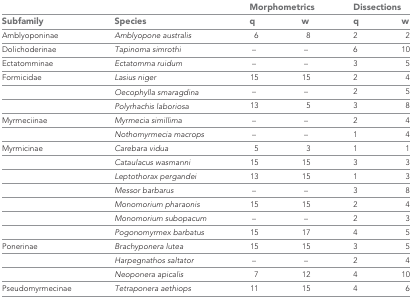
<table><thead><tr><td></td><td></td><td colspan="2"><b>Morphometrics</b></td><td colspan="2"><b>Dissections</b></td></tr><tr><td><b>Subfamily</b></td><td><b>Species</b></td><td><b>q</b></td><td><b>w</b></td><td><b>q</b></td><td><b>w</b></td></tr></thead><tbody><tr><td>Amblyoponinae</td><td><i>Amblyopone australis</i></td><td>6</td><td>8</td><td>2</td><td>2</td></tr><tr><td>Dolichoderinae</td><td><i>Tapinoma simrothi</i></td><td>–</td><td>–</td><td>6</td><td>10</td></tr><tr><td>Ectatomminae</td><td><i>Ectatomma ruidum</i></td><td>–</td><td>–</td><td>3</td><td>5</td></tr><tr><td>Formicidae</td><td><i>Lasius niger</i></td><td>15</td><td>15</td><td>2</td><td>4</td></tr><tr><td></td><td><i>Oecophylla smaragdina</i></td><td>–</td><td>–</td><td>2</td><td>5</td></tr><tr><td></td><td><i>Polyrhachis laboriosa</i></td><td>13</td><td>5</td><td>3</td><td>8</td></tr><tr><td>Myrmeciinae</td><td><i>Myrmecia simillima</i></td><td>–</td><td>–</td><td>2</td><td>4</td></tr><tr><td></td><td><i>Nothomyrmecia macrops</i></td><td>–</td><td>–</td><td>1</td><td>4</td></tr><tr><td>Myrmicinae</td><td><i>Carebara vidua</i></td><td>5</td><td>3</td><td>1</td><td>1</td></tr><tr><td></td><td><i>Cataulacus wasmanni</i></td><td>15</td><td>15</td><td>3</td><td>3</td></tr><tr><td></td><td><i>Leptothorax pergandei</i></td><td>13</td><td>15</td><td>1</td><td>3</td></tr><tr><td></td><td><i>Messor barbarus</i></td><td>–</td><td>–</td><td>3</td><td>8</td></tr><tr><td></td><td><i>Monomorium pharaonis</i></td><td>15</td><td>15</td><td>2</td><td>4</td></tr><tr><td></td><td><i>Monomorium subopacum</i></td><td>–</td><td>–</td><td>2</td><td>3</td></tr><tr><td></td><td><i>Pogonomyrmex barbatus</i></td><td>15</td><td>17</td><td>4</td><td>5</td></tr><tr><td>Ponerinae</td><td><i>Brachyponera lutea</i></td><td>15</td><td>15</td><td>3</td><td>5</td></tr><tr><td></td><td><i>Harpegnathos saltator</i></td><td>–</td><td>–</td><td>2</td><td>4</td></tr><tr><td></td><td><i>Neoponera apicalis</i></td><td>7</td><td>12</td><td>4</td><td>10</td></tr><tr><td>Pseudomyrmecinae</td><td><i>Tetraponera aethiops</i></td><td>11</td><td>15</td><td>4</td><td>6</td></tr></tbody></table>